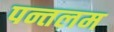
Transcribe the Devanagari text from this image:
पन्तलम